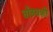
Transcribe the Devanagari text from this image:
तोंडघशी